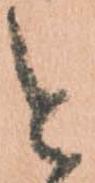
と